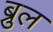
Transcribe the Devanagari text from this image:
ब्रुल